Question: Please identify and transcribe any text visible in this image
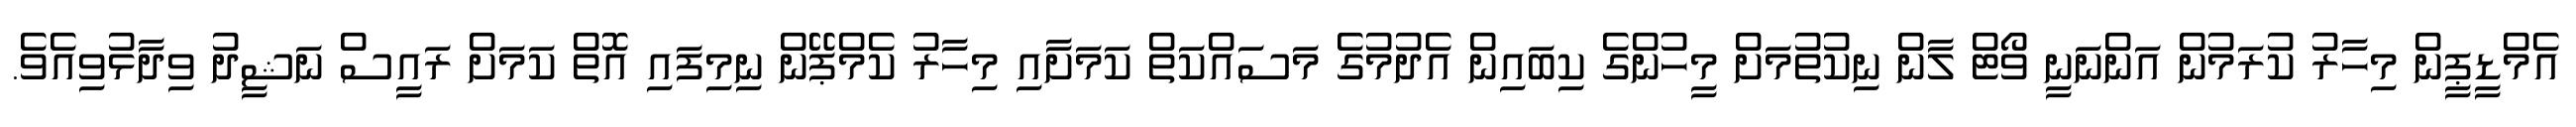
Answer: އެމްޑީޕީން މިހާރު ކުރަމުން އަންނަނީ ވޯޓް ލާން ނިކުތުމަށް މީހުންގެ ކިބައިން އެދުމުގެ މަސައްކަތް ކަމަށާއި މިހާރު ކެމްޕޭން ނިމިފައި އޮތް ކަމަށް ރައީސް ނަޝީދު ވިދާޅުވިއެވެ.